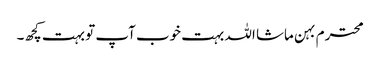
محترم بہن ماشا اللہ بہت خوب آپ تو بہت کچھ۔